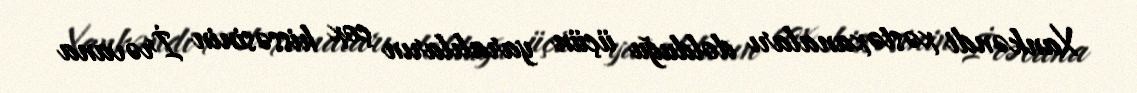
Xankəndi xəstəxanaları dolduğu üçün yaralıların çox hissəsinin İrəvana